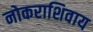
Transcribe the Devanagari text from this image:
नोकराशिवाय